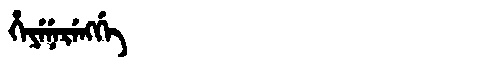
Manchu: ᡥᡝᠶᡝᠨᡝᡵᡝᠩᡤᡝ
Romanization: HEYENERENGGE